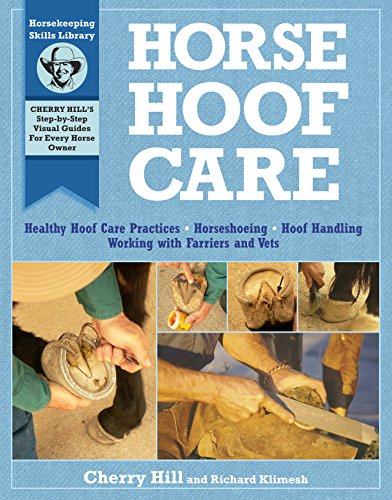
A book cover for Horse Hoof Care; Cherry Hill; Medical Books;